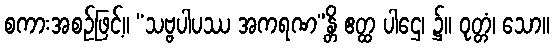
စကားအစဉ်ဖြင့်။ “သဗ္ဗပါပဿ အကရဏ”န္တိ ဧတ္ထ ပါဌေ၊ ၌။ ဝုတ္တံ၊ သော။